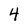
Character: 4